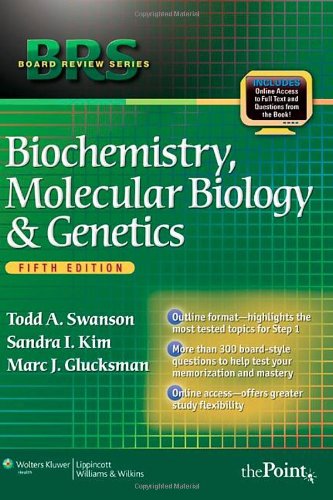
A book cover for BRS Biochemistry, Molecular Biology, and Genetics, Fifth Edition (Board Review Series); Todd A. Swanson M.D.  Ph. D; Medical Books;